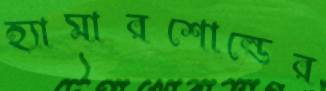
হ্যামারশোল্ডের